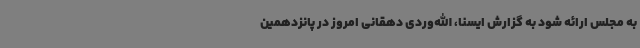
به مجلس ارائه شود به گزارش ایسنا، الله‌وردی دهقانی امروز در پانزدهمین